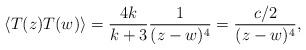
LaTeX: \begin{align*}\langle T(z)T(w) \rangle = \frac{4k}{k + 3} \frac{1}{(z - w)^{4}} =\frac{c/2}{(z - w)^{4}} ,\end{align*}